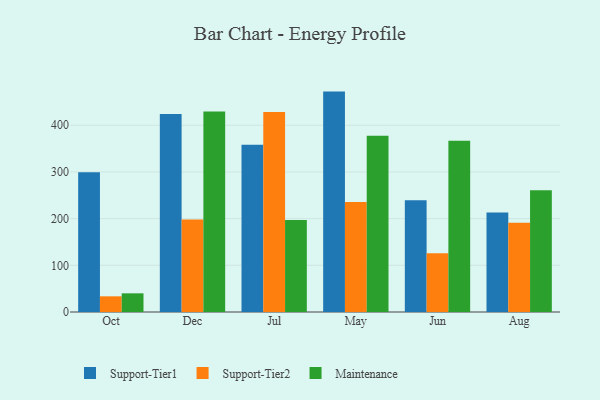
{"axis": {"x": "Month", "y": "Page Views"}, "legend": ["Maintenance", "Support-Tier1", "Support-Tier2"], "data": [{"x": "Oct", "y": 299.1, "type": "Support-Tier1"}, {"x": "Oct", "y": 33.6, "type": "Support-Tier2"}, {"x": "Oct", "y": 40.0, "type": "Maintenance"}, {"x": "Dec", "y": 424.3, "type": "Support-Tier1"}, {"x": "Dec", "y": 198.0, "type": "Support-Tier2"}, {"x": "Dec", "y": 429.3, "type": "Maintenance"}, {"x": "Jul", "y": 358.2, "type": "Support-Tier1"}, {"x": "Jul", "y": 428.2, "type": "Support-Tier2"}, {"x": "Jul", "y": 197.0, "type": "Maintenance"}, {"x": "May", "y": 472.1, "type": "Support-Tier1"}, {"x": "May", "y": 235.7, "type": "Support-Tier2"}, {"x": "May", "y": 377.7, "type": "Maintenance"}, {"x": "Jun", "y": 239.5, "type": "Support-Tier1"}, {"x": "Jun", "y": 126.0, "type": "Support-Tier2"}, {"x": "Jun", "y": 366.7, "type": "Maintenance"}, {"x": "Aug", "y": 213.0, "type": "Support-Tier1"}, {"x": "Aug", "y": 191.1, "type": "Support-Tier2"}, {"x": "Aug", "y": 260.6, "type": "Maintenance"}]}